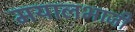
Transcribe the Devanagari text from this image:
मयालभाजी